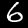
Digit: 6